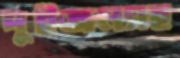
দুইজনসহ